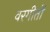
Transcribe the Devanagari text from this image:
वरगीतों